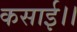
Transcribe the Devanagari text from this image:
कसाई।।